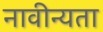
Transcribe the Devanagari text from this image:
नावीन्यता